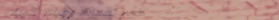
مطعم السعادة: وجبات شهية